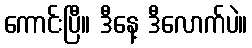
ကောင်းပြီ။ ဒီနေ့ ဒီလောက်ပဲ။